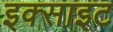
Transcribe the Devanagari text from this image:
इक्साइट